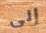
إلى